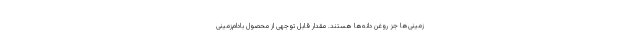
زمینی‌ها جز روغن دانه‌ها هستند. مقدار قابل توجهی از محصول بادام‌زمینی